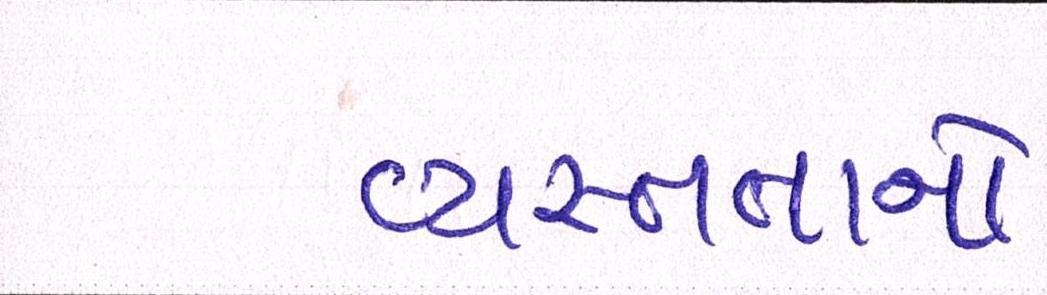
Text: વ્યસ્તતાનો